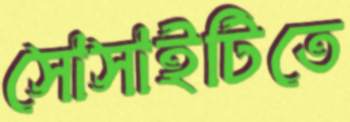
সোসাইটিতে